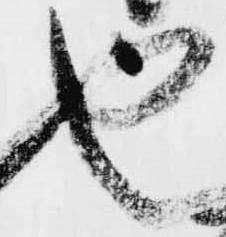
也